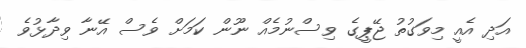
އަދި އެއީ މިވަގުތު ޖޭޕީގެ ވިސްނުމެއް ނޫން ކަމަށް ވެސް އޭނާ ވިދާޅުވެ